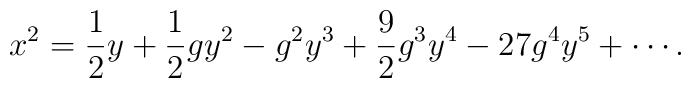
x^2 = \frac{1}{2}y + \frac{1}{2}gy^2 -g^2y^3 +\frac{9}{2}g^3y^4-27g^4y^5 + \cdots .